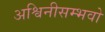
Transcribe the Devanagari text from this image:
अश्विनीसम्भवो